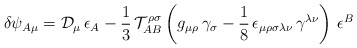
\begin{align*}\delta \psi_{A\mu} = \mathcal{D}_\mu \, \epsilon_A - \frac{1}{3} \, \mathcal{T}_{AB}^{\rho \sigma } \left( g_{\mu \rho } \, \gamma _\sigma - \frac{1}{8}\, \epsilon _{\mu \rho \sigma \lambda \nu } \, \gamma ^{\lambda \nu } \right) \, \epsilon ^B\end{align*}